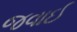
જવાઈ